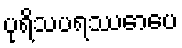
ပုရိသပရဿောပေ